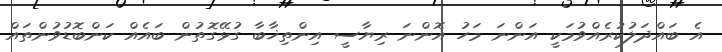
އެ ބައްދަލުކުރެއްވުމަކީ އަންނަ މަހު އޮންނަ ރިޔާސީ އިންތިޚާބާ ގުޅޭގޮތުން ބައެއް ކަންބޮޑުވުންތައް